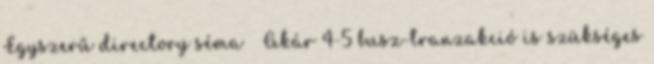
Egyszerű directory séma ● Akár 4-5 busz-tranzakció is szükséges